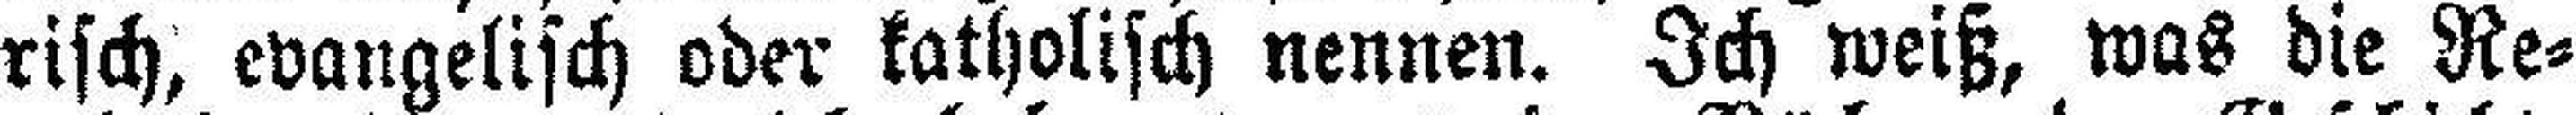
risch, evangelisch oder katholisch nennen. Ich weiß, was die Re¬